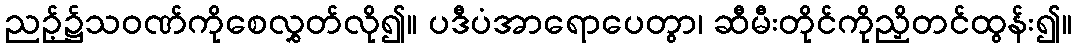
ညဉ့်၌သဝဏ်ကိုစေလွှတ်လို၍။ ပဒီပံအာရောပေတွာ၊ ဆီမီးတိုင်ကိုညှိတင်ထွန်း၍။